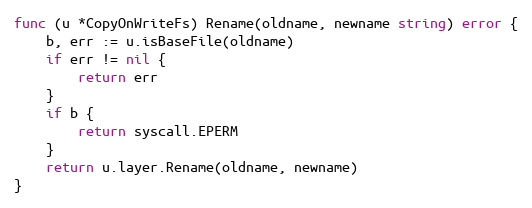
Language: Go
func (u *CopyOnWriteFs) Rename(oldname, newname string) error {
	b, err := u.isBaseFile(oldname)
	if err != nil {
		return err
	}
	if b {
		return syscall.EPERM
	}
	return u.layer.Rename(oldname, newname)
}